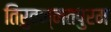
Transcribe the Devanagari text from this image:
तिरुवन्नतपुरम